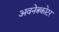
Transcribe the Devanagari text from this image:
अवनेत्रकोटर